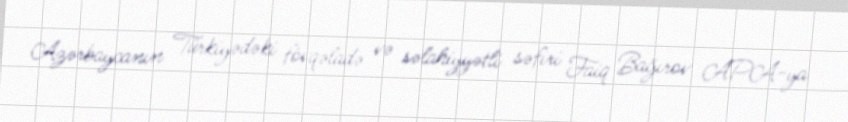
Azərbaycanın Türkiyədəki fövqəladə və səlahiyyətli səfiri Faiq Bağırov APA-ya